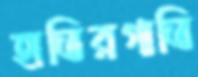
হাতিরগাতি